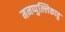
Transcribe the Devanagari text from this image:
मनप्पुल्लिकावु